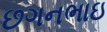
છગનભાઇ